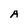
Character: A